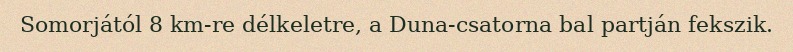
Somorjától 8 km-re délkeletre, a Duna-csatorna bal partján fekszik.